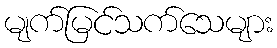
မျက်မြင်သက်သေများ